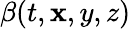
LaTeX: \beta(t,\mathbf{x},y,z)